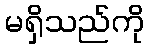
မရှိသည်ကို